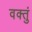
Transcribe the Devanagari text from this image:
वक्तुं